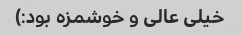
خیلی عالی و خوشمزه بود:)